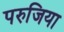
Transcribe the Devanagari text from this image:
परुजिया